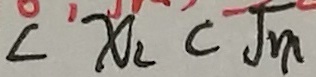
< x _ { 2 } < \sqrt { m }